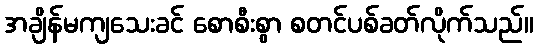
အချိန်မကျသေးခင် စောစီးစွာ စတင်ပစ်ခတ်လိုက်သည်။